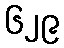
၆၂၉